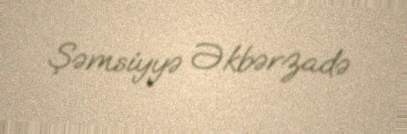
Şəmsiyyə Əkbərzadə